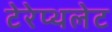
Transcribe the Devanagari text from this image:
टेरेप्थलेट